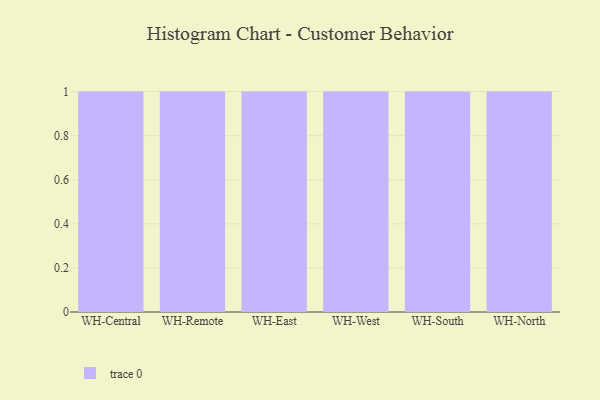
{"axis": {"x": "Warehouse", "y": "Customer Acquisition Cost (USD)"}, "legend": [""], "data": [{"x": "WH-Central", "y": 14, "type": ""}, {"x": "WH-Remote", "y": 55, "type": ""}, {"x": "WH-East", "y": 24, "type": ""}, {"x": "WH-West", "y": 35, "type": ""}, {"x": "WH-South", "y": 54, "type": ""}, {"x": "WH-North", "y": 38, "type": ""}]}